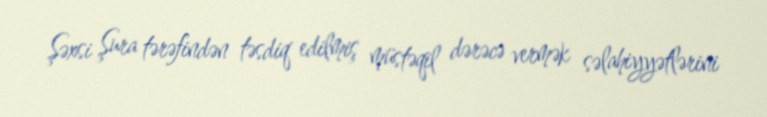
Şəxsi Şura tərəfindən təsdiq edilmiş müstəqil dərəcə vermək səlahiyyətlərini